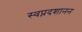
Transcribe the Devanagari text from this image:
स्वप्नदशानन